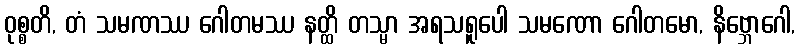
ဝုစ္စတိ, တံ သမဏဿ ဂေါတမဿ နတ္ထိ တသ္မာ အရသရူပေါ သမဏော ဂေါတမော, နိဗ္ဘောဂေါ,